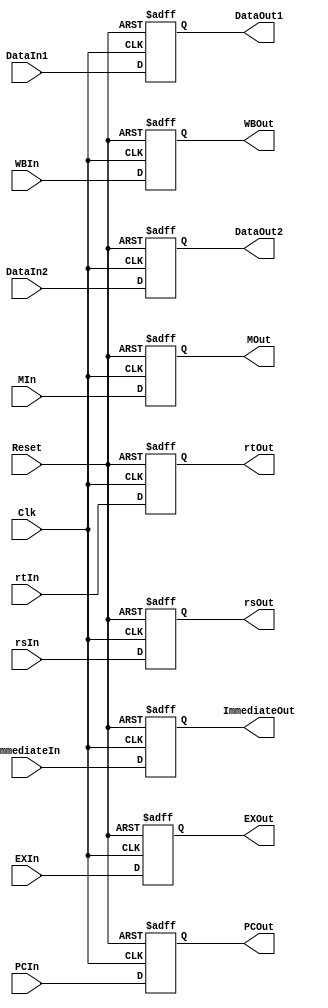
module IDEX
(
//	Input
	input 									Clk,
	input										Reset,
	input					[31:0]		PCIn,
	input					[31:0]		DataIn1,
	input					[31:0]		DataIn2,
	input					[4:0]			rsIn,
	input					[31:0]		ImmediateIn,
	input					[4:0]			rtIn,
	input					[2:0]			WBIn,
	input					[1:0]			MIn,
	input					[4:0]			EXIn,

// Output
	output	reg		[31:0]		PCOut,
	output	reg		[31:0]		DataOut1,
	output	reg		[31:0]		DataOut2,
	output	reg		[4:0]			rsOut,
	(* equivalent_register_removal = "no" *) output	reg		[31:0]		ImmediateOut,
	output	reg		[4:0]			rtOut,
	(* equivalent_register_removal = "no" *) output	reg		[2:0]			WBOut,
	(* equivalent_register_removal = "no" *) output	reg		[1:0]			MOut,
	(* equivalent_register_removal = "no" *) output	reg		[4:0]			EXOut
);

	always @( posedge Clk or posedge Reset )
		begin
		if ( Reset )
			begin
				PCOut					<=		32'b0;
				DataOut1			<= 		32'b0;
				DataOut2		 	<= 		32'b0;
				rsOut					<=		5'b0;
				ImmediateOut	<= 		32'b0;
				rtOut		 		 	<=		5'b0;
				WBOut		 		 	<=		2'b0;
				MOut	 			 	<=		2'b0;
				EXOut		  		<=		4'b0;
			end
		else
			begin
				PCOut					<=		PCIn;
				DataOut1			<= 		DataIn1;
				DataOut2		 	<= 		DataIn2;
				rsOut				 	<=		rsIn;
				ImmediateOut	<= 		ImmediateIn;
				rtOut		 		 	<=		rtIn;
				WBOut		 		 	<=		WBIn;
				MOut	 			 	<=		MIn;
				EXOut		  		<=		EXIn;
			end
		end

endmodule